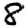
Digit: 8